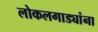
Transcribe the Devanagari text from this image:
लोकलगाड्यांना